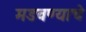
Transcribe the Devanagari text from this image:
मडवण्याचे